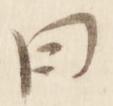
曰